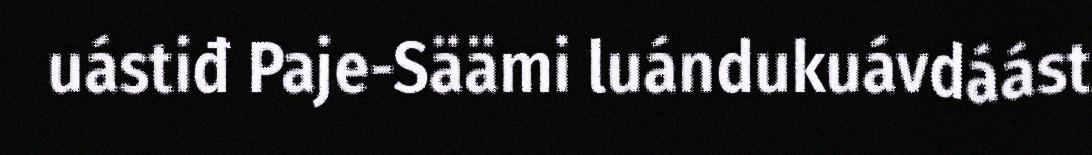
uástiđ Paje-Säämi luándukuávdáást